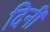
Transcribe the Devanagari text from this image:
दिनीं